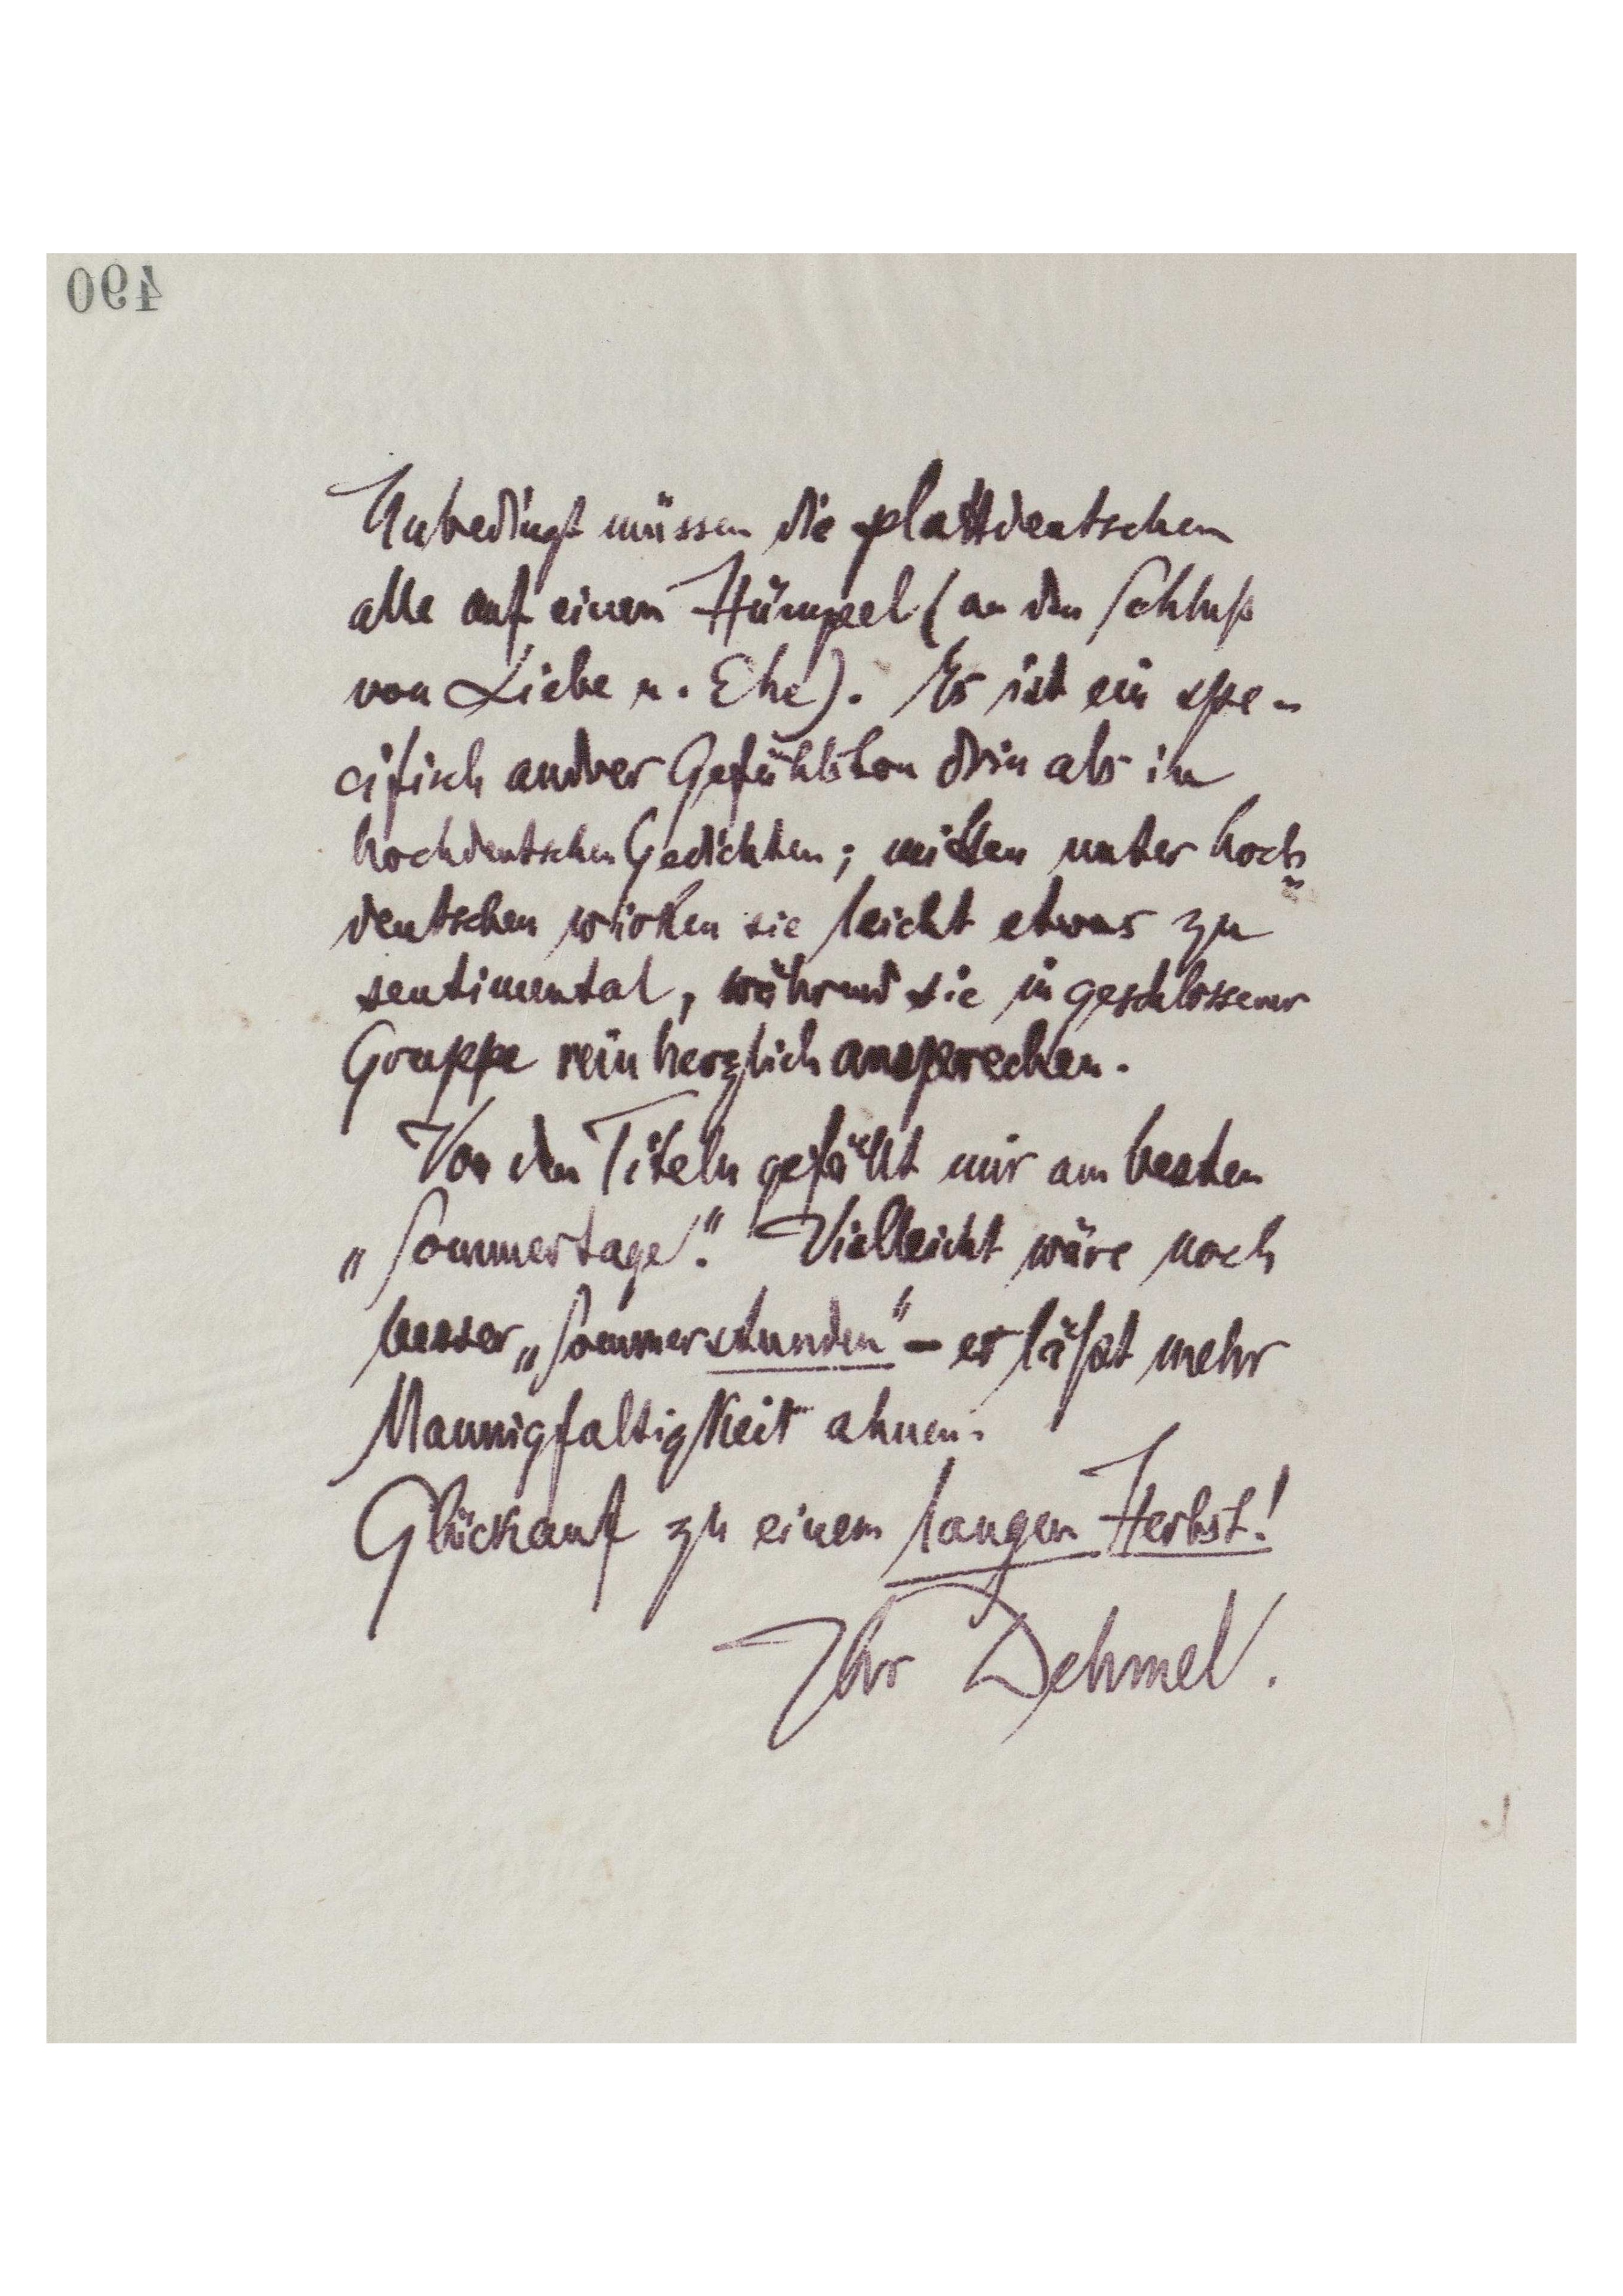
Unbedingt müssen die plattdeutschen
alle auf einen Hümpel (an den Schluß
von Liebe u. Ehe). Es ist ein spe-
cifisch andrer Gefühlton drin als in
hochdeutschen Gedichten; mitten unter hoch-
deutschen wirken sie leicht etwas zu
sentimental, während sie in geschlossener
Gruppe rein herzlich ansprechen.
Von den Titeln gefällt mir am besten
"Sommertage". Vielleicht wäre noch
besser "Sommerstunden" er läßt mehr
Mannigfaltigkeit ahnen.
Glückauf zu einem langen Herbst!
Ihr Dehmel.